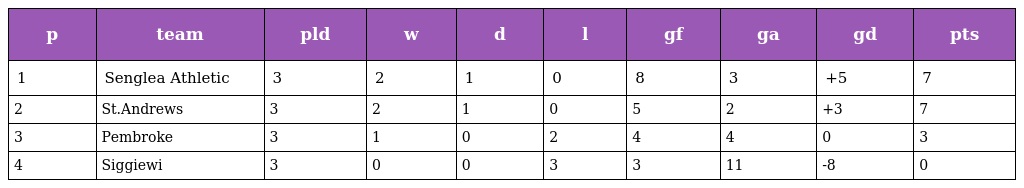
| p | team | pld | w | d | l | gf | ga | gd | pts |
 | --- | --- | --- | --- | --- | --- | --- | --- | --- | --- |
 | 1 | Senglea Athletic | 3 | 2 | 1 | 0 | 8 | 3 | +5 | 7 |
 | 2 | St.Andrews | 3 | 2 | 1 | 0 | 5 | 2 | +3 | 7 |
 | 3 | Pembroke | 3 | 1 | 0 | 2 | 4 | 4 | 0 | 3 |
 | 4 | Siggiewi | 3 | 0 | 0 | 3 | 3 | 11 | -8 | 0 |